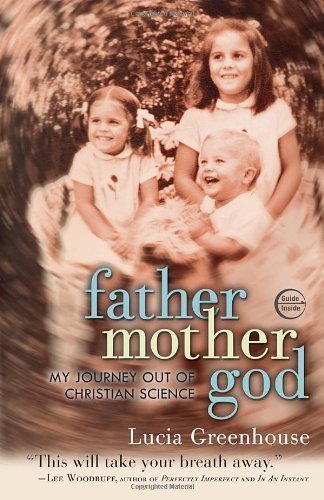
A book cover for fathermothergod: My Journey Out of Christian Science by Greenhouse, Lucia [Paperback(2012/8/28)]; Crafts, Hobbies & Home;